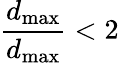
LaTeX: \frac{d_{\operatorname*{max}}}{d_{\operatorname*{max}}}<2